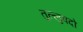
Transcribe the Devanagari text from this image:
तुल्लुवदो